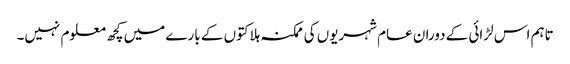
تاہم اس لڑائی کے دوران عام شہریوں کی ممکنہ ہلاکتوں کے بارے میں کچھ معلوم نہیں۔